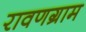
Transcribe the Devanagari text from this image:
रावणग्राम